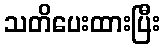
သတိပေးထားပြီး